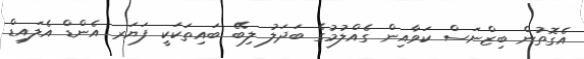
އެގޮތުން ބިޒްނަސް ކަވާއިން ގެއްލުމުގެ ބަދަލު ލިބޭ ބައިތަކަކީ ފަޔަރ އެންޑް އެލައިޑް